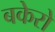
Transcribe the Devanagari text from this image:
बकेरो